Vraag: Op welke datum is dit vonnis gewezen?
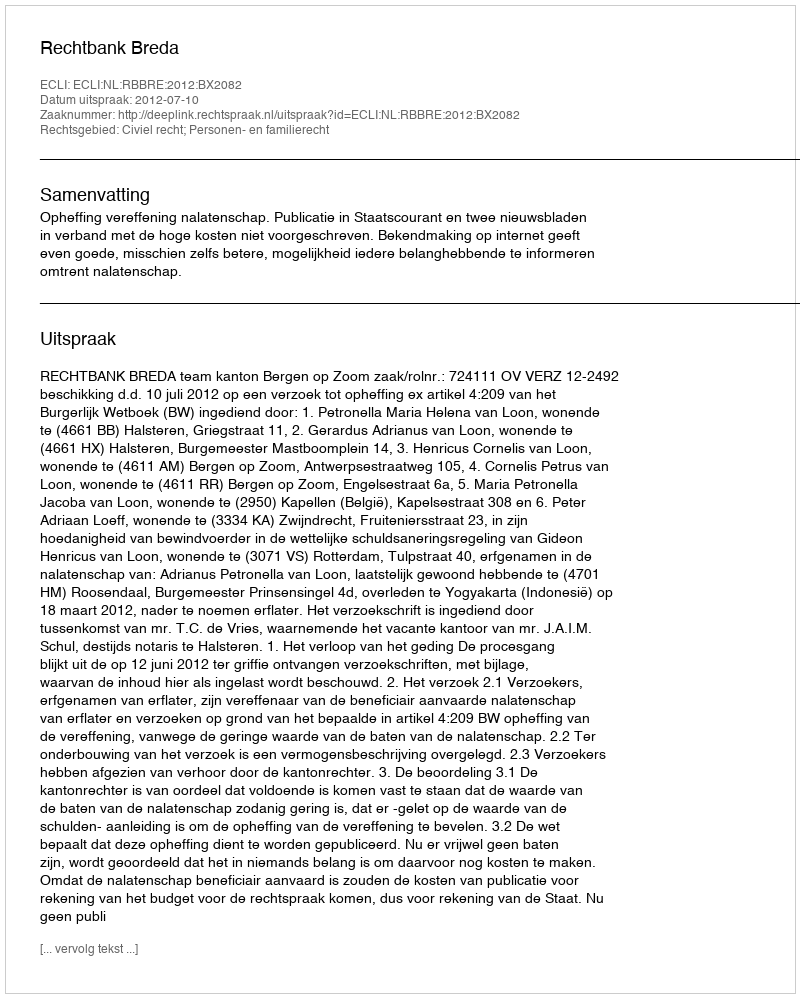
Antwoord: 2012-07-10